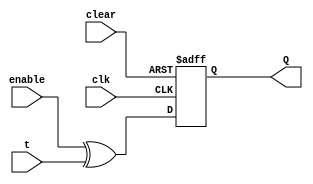
`timescale 1ns/1ns

module t_FF(input clk, clear, enable, t, output reg Q);	
	always @(posedge clk, negedge clear)
	begin 
		if (!clear)
			Q <= 0;
		else
			Q <= enable^t;
	end	
endmodule